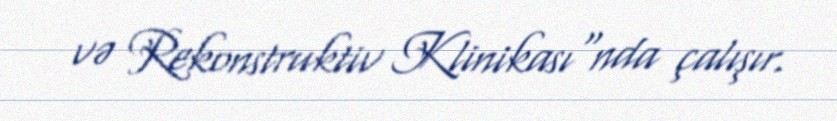
və Rekonstruktiv Klinikası"nda çalışır.